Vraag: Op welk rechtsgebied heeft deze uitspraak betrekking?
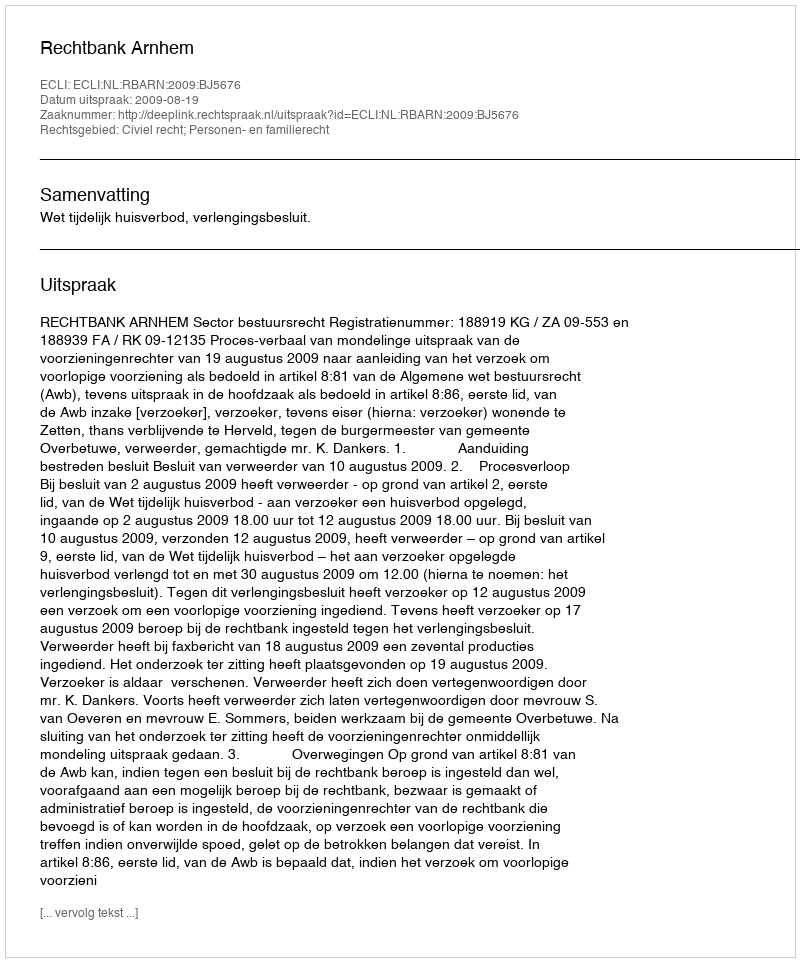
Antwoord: Civiel recht; Personen- en familierecht